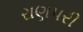
રાણપરી